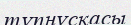
тұпнұсқасы